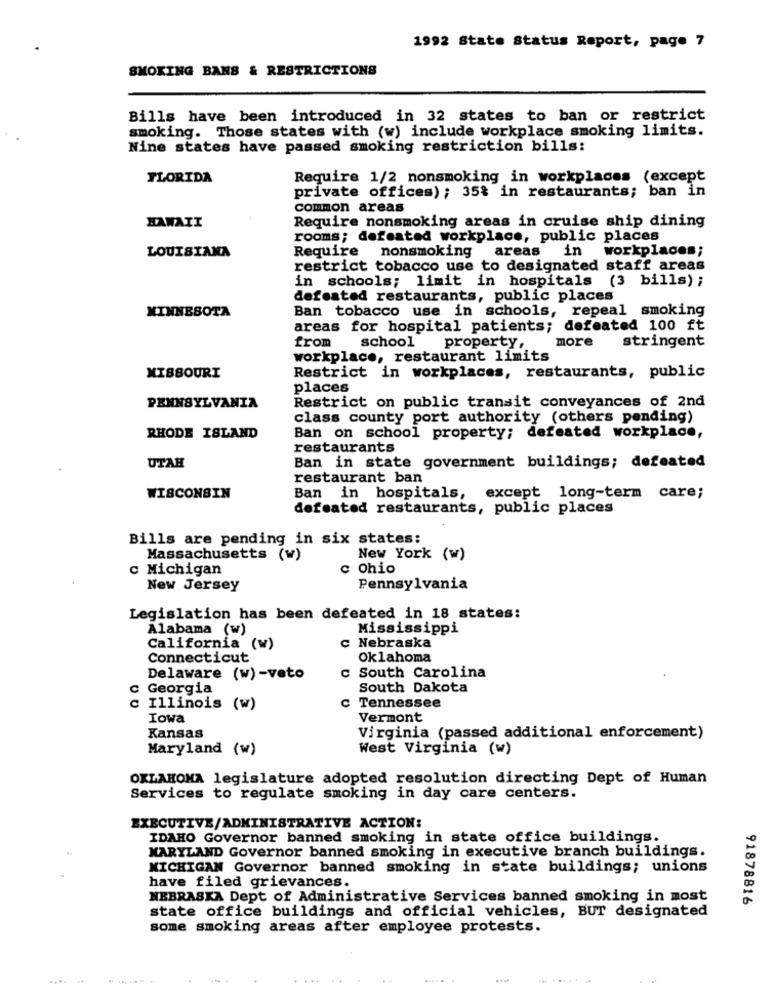
1992 State Status Report, page 7
SMOKING BANS & RESTRICTIONS
Bills have been introduced in 32 states to ban or restrict
smoking. Those states with (w) include workplace smoking limits.
Nine states have passed smoking restriction bills:
FLORIDA
Require 1/2 nonsmoking in workplaces (except
private offices) ; 35% in restaurants; ban in
common areas
Require nonsmoking areas in cruise ship dining
HAWAII
rooms; defeated workplace, public places
LOUISIANA
in workplaces;
Require nonsmoking
areas
restrict tobacco use to designated staff areas
in schools; limit in hospitals (3 bills) ;
defeated restaurants, public places
Ban tobacco use in schools, repeal smoking
MINNESOTA
areas for hospital patients; defeated 100 ft
stringent
from
school
property,
more
workplace, restaurant limits
MISSOURI
Restrict in workplaces, restaurants, public
places
PENNSYLVANIA
Restrict on public transit conveyances of 2nd
class county port authority (others pending)
RHODE ISLAND
Ban on school property; defeated workplace,
restaurants
UTAH
Ban in state government buildings; defeated
restaurant ban
WISCONSIN
Ban in hospitals, except long-term care;
defeated restaurants, public places
Bills are pending in six states;
Massachusetts (w)
New York (w)
c Michigan
c Ohio
New Jersey
Pennsylvania
Legislation has been defeated in 18 states:
Alabama (w)
Mississippi
c Nebraska
California (W)
Connecticut
Oklahoma
Delaware (w) -veto
South Carolina
Georgia
South Dakota
c Tennessee
c Illinois (w)
Iowa
Vermont
Kansas
Virginia (passed additional enforcement)
Maryland (w)
West Virginia (w)
OKLAHOMA legislature adopted resolution directing Dept of Human
Services to regulate smoking in day care centers.
EXECUTIVE/ADMINISTRATIVE ACTION:
IDAHO Governor banned smoking in state office buildings.
MARYLAND Governor banned smoking in executive branch buildings.
MICHIGAN Governor banned smoking in state buildings; unions
have filed grievances.
NEBRASKA Dept of Administrative Services banned smoking in most
91878816
state office buildings and official vehicles, BUT designated
some smoking areas after employee protests.
....
........-